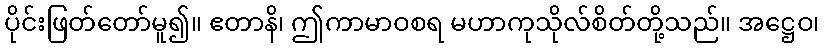
ပိုင်းဖြတ်တော်မူ၍။ ဧတာနိ၊ ဤကာမာဝစရ မဟာကုသိုလ်စိတ်တို့သည်။ အဋ္ဌေဝ၊